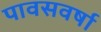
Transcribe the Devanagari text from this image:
पावसवर्षा